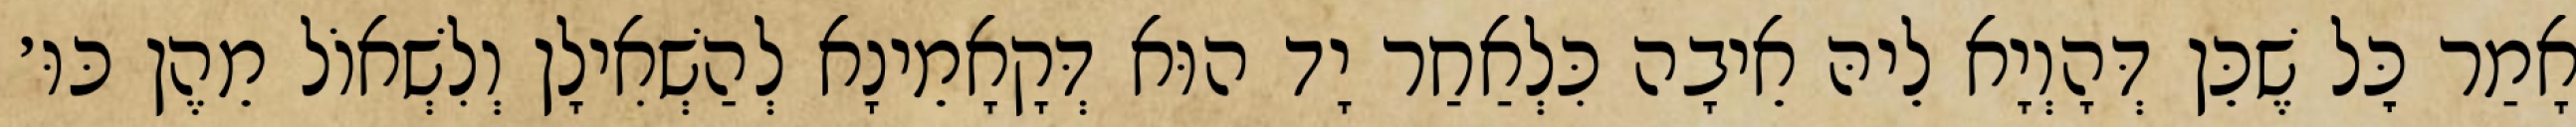
אָמַר כׇּל שֶׁכֵּן דְּהָוְיָא לֵיהּ אֵיבָה כִּלְאַחַר יָד הוּא דְּקָאָמֵינָא לְהַשְׁאִילָן וְלִשְׁאוֹל מֵהֶן כּוּ׳